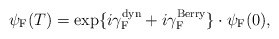
\begin{align*}{\psi}_{\rm F}(T) = \exp\{i {\gamma}_{\rm F}^{\rm dyn} +i {\gamma}_{\rm F}^{\rm Berry} \}\cdot {\psi}_{\rm F}(0),\end{align*}